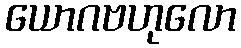
ယောဂဗဟုလော